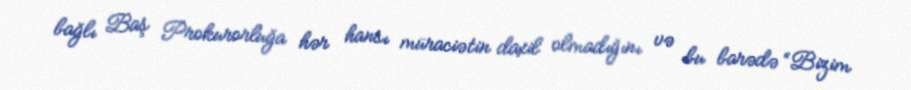
bağlı Baş Prokurorluğa hər hansı müraciətin daxil olmadığını və bu barədə “Bizim